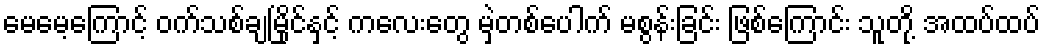
မေမေ့ကြောင့် ဝက်သစ်ချမြိုင်နှင့် ကလေးတွေ မှဲ့တစ်ပေါက် မစွန်းခြင်း ဖြစ်ကြောင်း သူတို့ အထပ်ထပ်